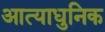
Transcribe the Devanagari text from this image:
आत्याधुनिक